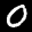
Label: 0